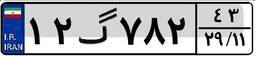
۱۲گ۷۸۲۴۳